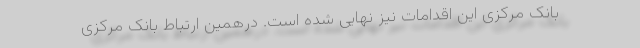
بانک مرکزی این اقدامات نیز نهایی شده است. درهمین ارتباط بانک مرکزی